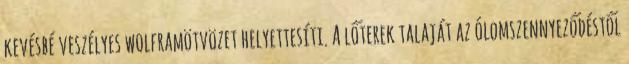
kevésbé veszélyes wolframötvözet helyettesíti. A lőterek talaját az ólomszennyeződéstől